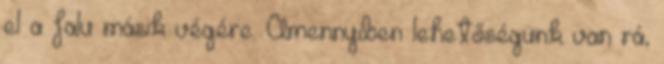
el a falu másik végére. Amennyiben lehetőségünk van rá,